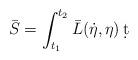
LaTeX: \begin{align*} \bar S = \int_{t_1}^{t_2} \bar L(\dot \eta, \eta) \, \d t\end{align*}